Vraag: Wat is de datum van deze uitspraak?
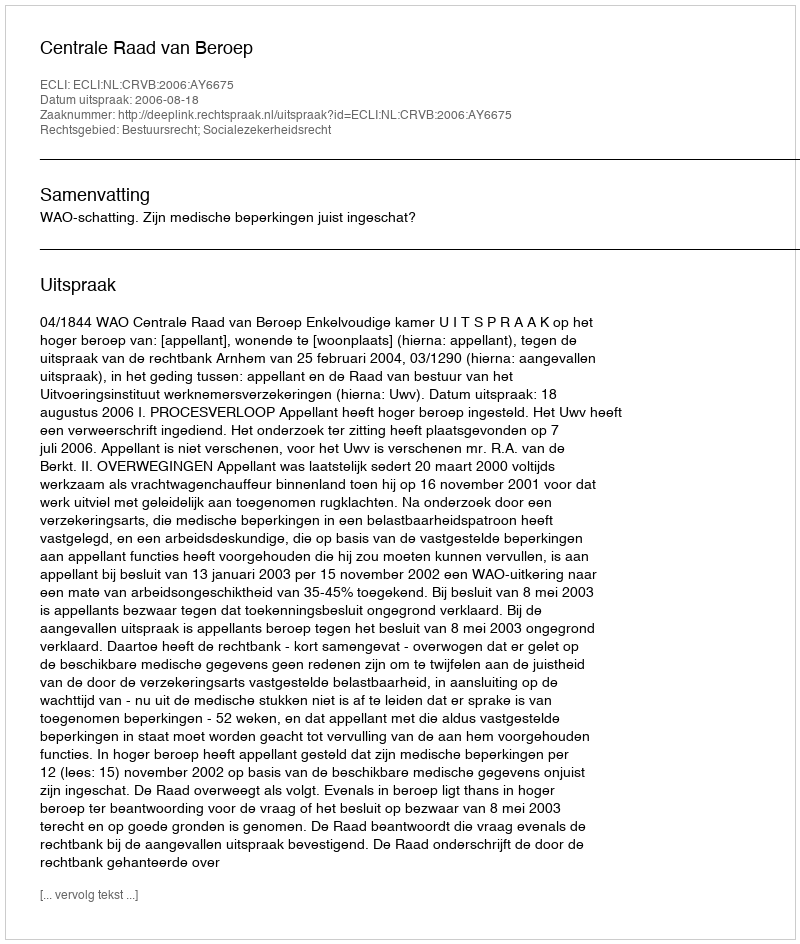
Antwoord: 2006-08-18